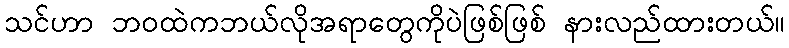
သင်ဟာ ဘဝထဲကဘယ်လိုအရာတွေကိုပဲဖြစ်ဖြစ် နားလည်ထားတယ်။